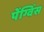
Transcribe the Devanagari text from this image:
पेंग्विंस